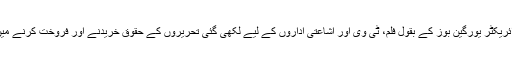
فرینکفرٹ بُک فیئر کے ڈائریکٹر یورگین بوز کے بقول فلم، ٹی وی اور اشاعتی اداروں کے لیے لکھی گئی تحریروں کے حقوق خریدنے اور فروخت کرنے میں 30 فیصد اضافہ ہوا ہے۔